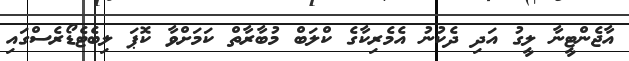
އާޖެންޓީނާ ލީގު އަދި ދެކުނު އެމެރިކާގެ ކްލަބް މުބާރާތް ކަމަށްވާ ކޮޕަ ލިބެޓެޑޯރެސްގައި